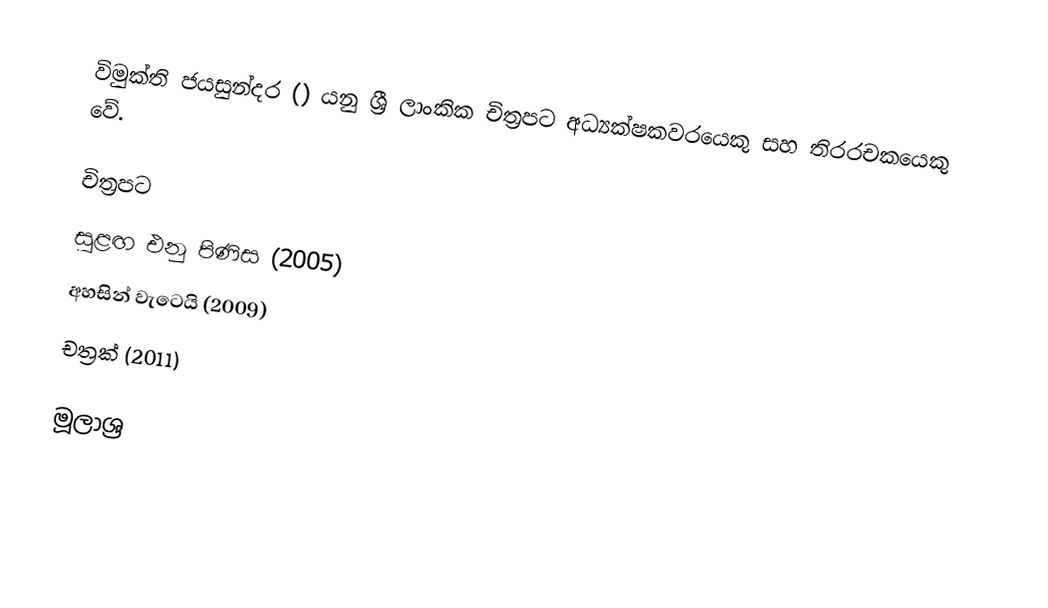
විමුක්ති ජයසුන්දර () යනු ශ්‍රී ලාංකික චිත්‍රපට අධ්‍යක්ෂකවරයෙකු සහ තිරරචකයෙකු වේ.

චිත්‍රපට
සුළඟ එනු පිණිස (2005)
අහසින් වැටෙයි (2009)
චත්‍රක් (2011)

මූලාශ්‍ර